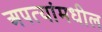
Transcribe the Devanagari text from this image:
अपत्यांमधील